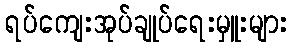
ရပ်ကျေးအုပ်ချုပ်ရေးမှူးများ